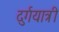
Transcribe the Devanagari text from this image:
दुर्गयात्री